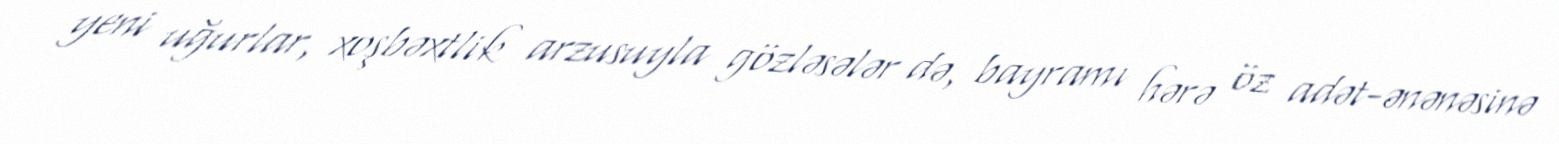
yeni uğurlar, xoşbəxtlik arzusuyla gözləsələr də, bayramı hərə öz adət-ənənəsinə